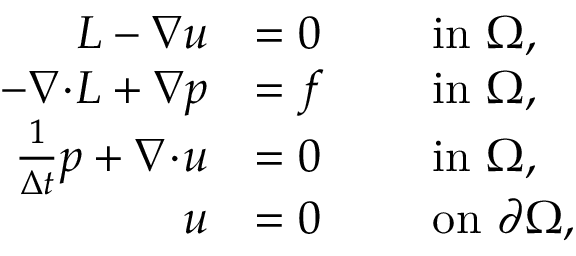
\begin{array} { r l r l } { \ensuremath { L } - \nabla u } & { = 0 } & & { \mathrm { ~ i n ~ } \Omega , } \\ { - \nabla \! \cdot \! \ensuremath { L } + \nabla p } & { = f } & & { \mathrm { ~ i n ~ } \Omega , } \\ { \frac { 1 } { { \ensuremath { \Delta t } } } p + \nabla \! \cdot \! u } & { = 0 } & & { \mathrm { ~ i n ~ } \Omega , } \\ { u } & { = 0 } & & { \mathrm { ~ o n ~ } \partial \Omega , } \end{array}